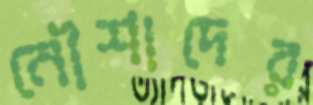
নৌশাদের